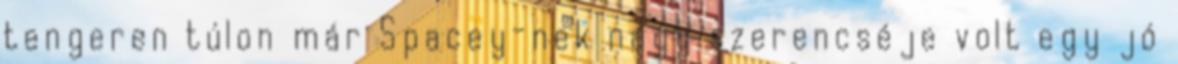
tengeren túlon már Spacey-nek nagy szerencséje volt egy jó